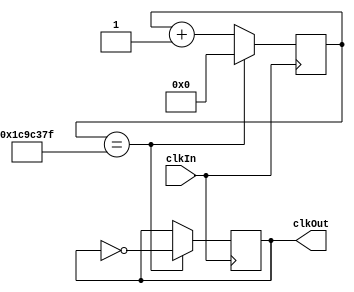
`timescale 1ns / 1ps
//////////////////////////////////////////////////////////////////////////////////
// Company: 
// Engineer: 
// 
// Design Name: 
// Module Name:    freqDivider 
// Project Name: 
// Target Devices: 
// Tool versions: 
// Description: 
//
// Dependencies: 
//
// Revision: 
// Revision 0.01 - File Created
// Additional Comments: 
//
//////////////////////////////////////////////////////////////////////////////////
module freqDivider (clkIn, clkOut);
	input clkIn;
	output clkOut;
	reg clkOut;
	reg[25:0] counter=0;
	always @ (posedge clkIn)
	begin
		if(counter == 30000000-1)
		begin
			counter <= 0;
			clkOut <= ~clkOut;
		end
		else
		begin
			counter <= counter+1;
		end
	end

endmodule